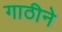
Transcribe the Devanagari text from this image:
गाठीने